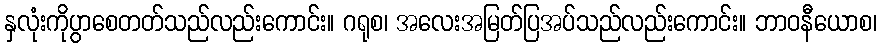
နှလုံးကိုပွာစေတတ်သည်လည်းကောင်း။ ဂရုစ၊ အလေးအမြတ်ပြအပ်သည်လည်းကောင်း။ ဘာဝနီယောစ၊